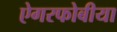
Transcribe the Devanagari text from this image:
ऐगरफोबीया